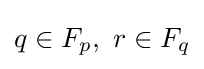
q\in F_{p},\ r\in F_{q}